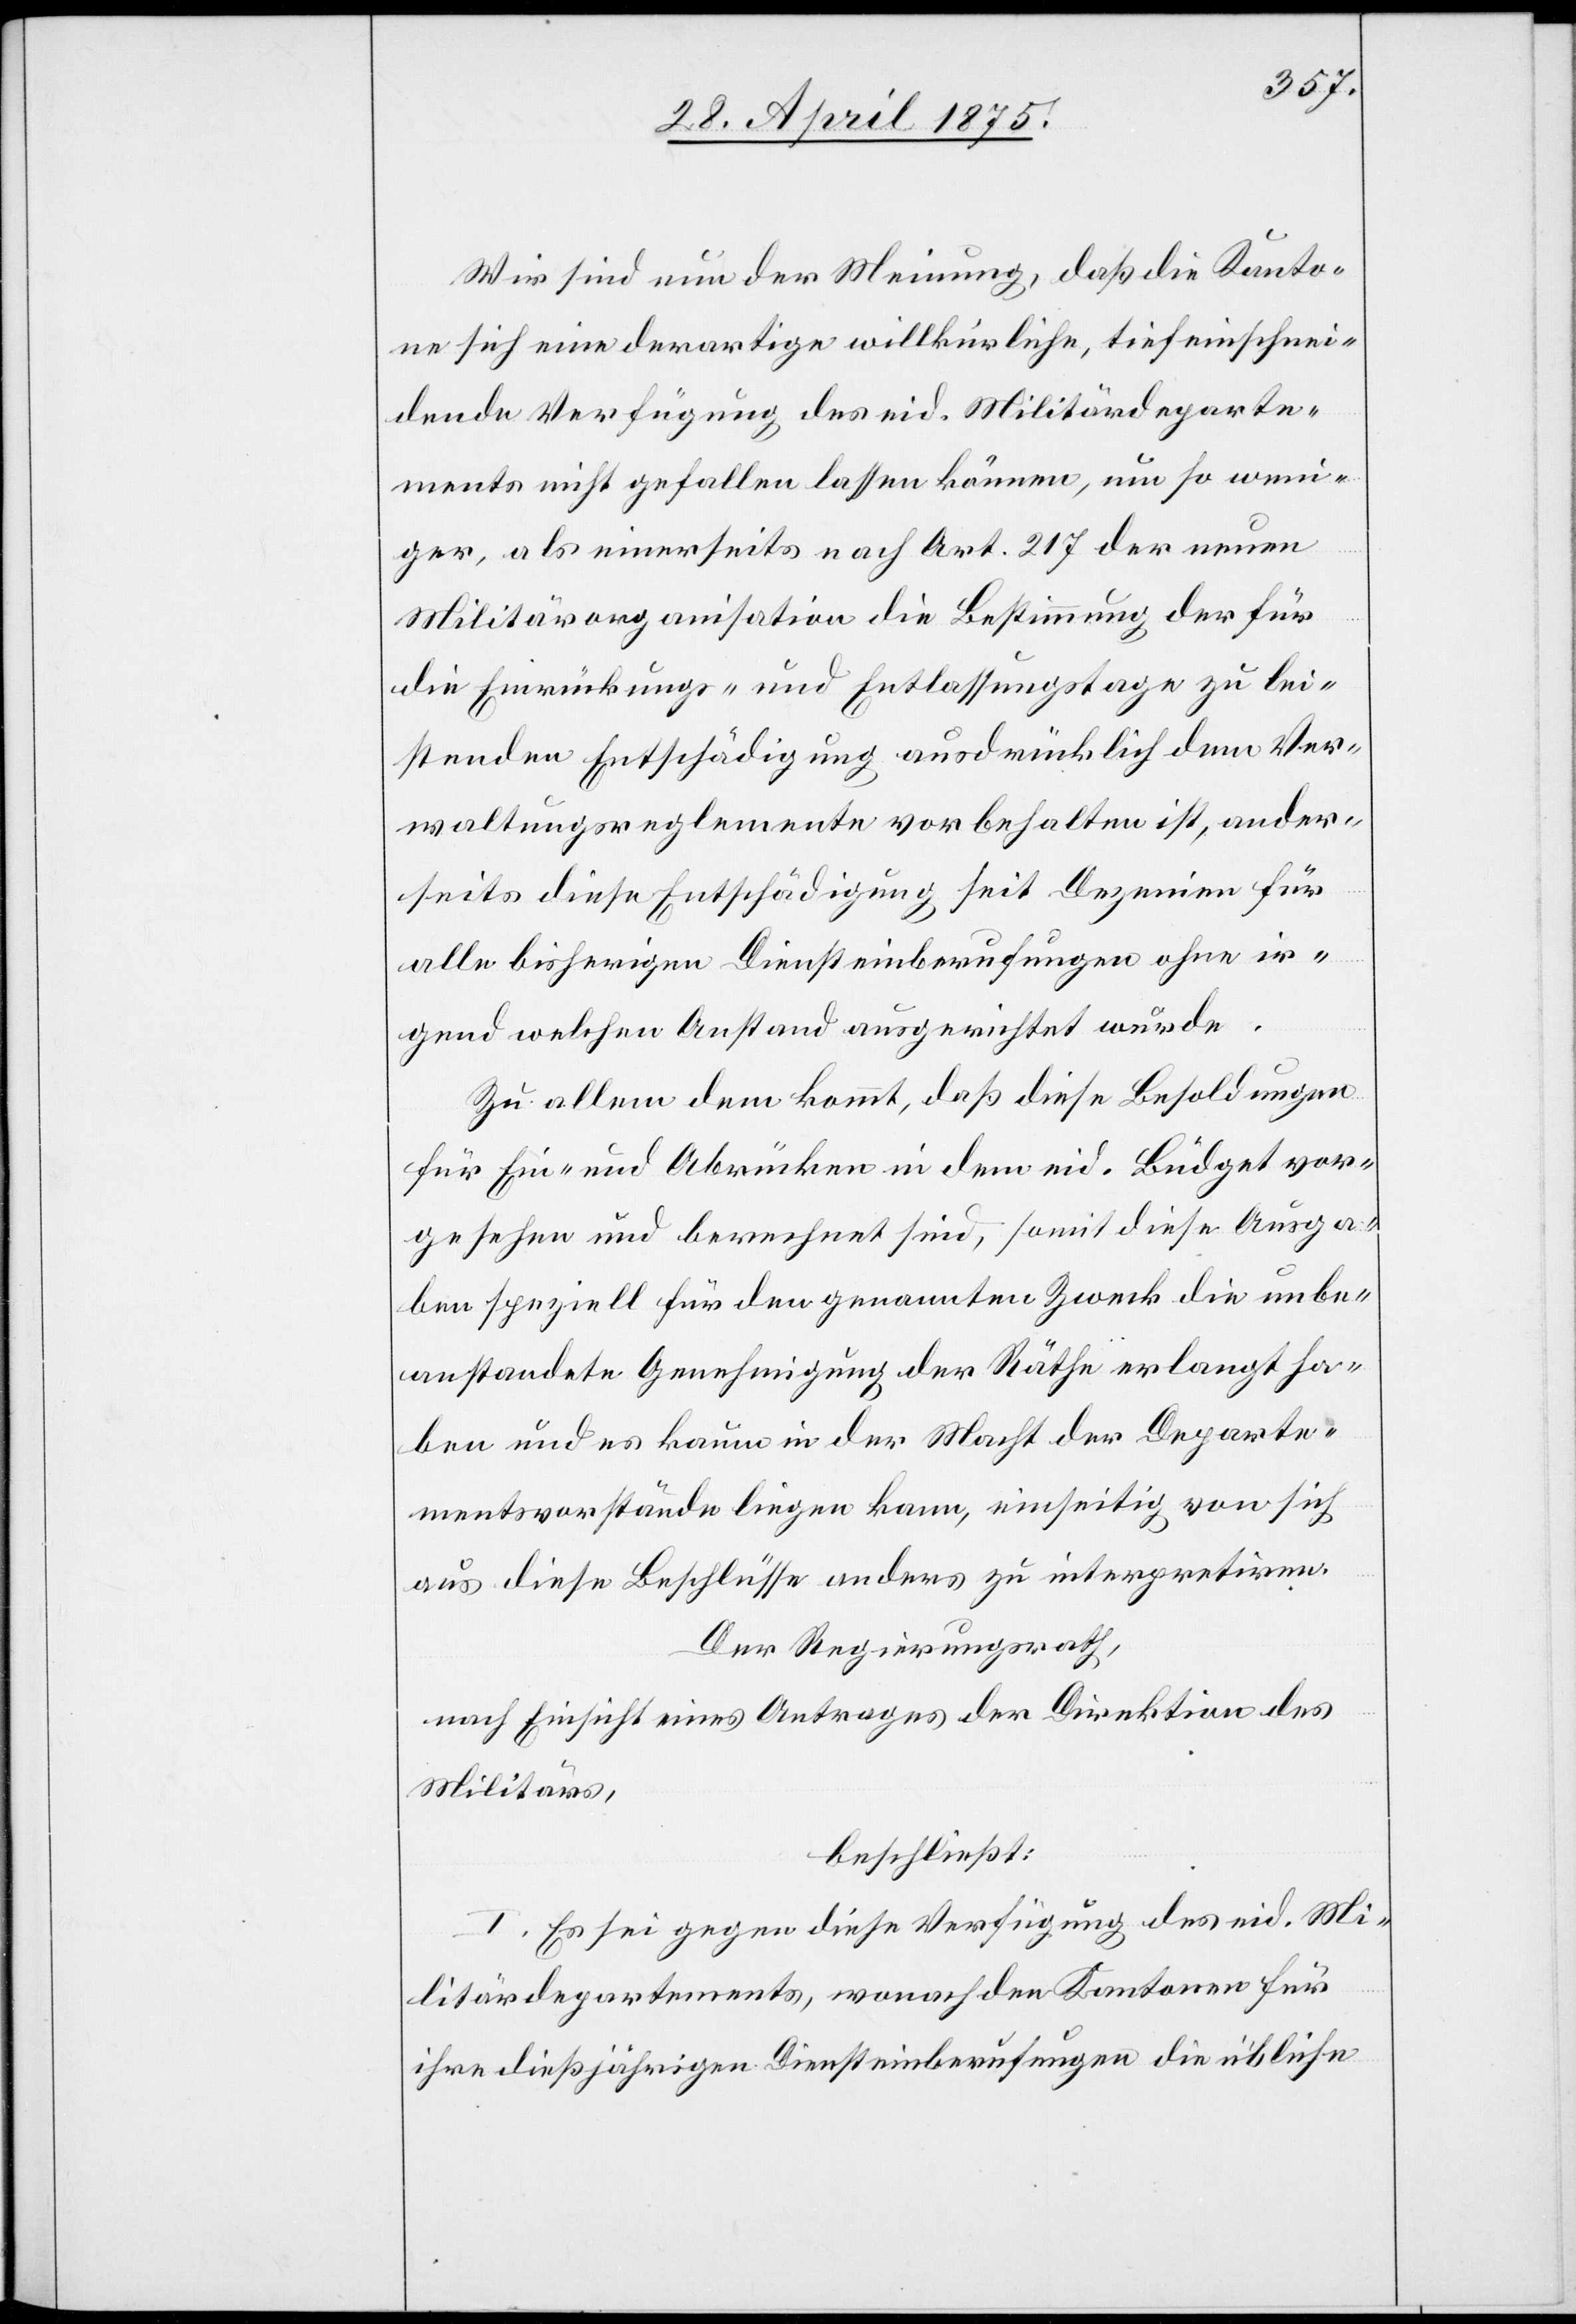
igen
Wir sind nun der Meinung, daß die Kanto¬
ne sich eine derartige willkürliche, tief einschnei¬
dende Verfügung des eid. Militärdeparte¬
ments nicht gefallen lassen können, um so weni¬
ger, als einerseits nach Art. 217 der neuen
Militärorganisation die Bestimmung der für
die Einrückungs- und Entlassungstage zu lei¬
stenden Entschädigung seit Dezenien für alle bisher¬
irgend welchen Anstand ausgerichtet wurde.
Zu allem dem kommt,, daß diese Besoldungen
für Ein- und Abrücken in dem eid. Büdget vor¬
gesehen und berechnet sind, somit diese Ausga¬
ben speziell für den genannten Zweck die unbe¬
anstandete Genehmigung der Räthe erlangt ha¬
ben und es kaum in der Macht der Departe¬
mentsvorstände liegen kann, einseitig von sich
aus diese Beschlüsse anders zu interpretiren.
Der Regierungsrath,
nach Einsicht eines Antrages der Direktion des
Militärs,
beschließt:
I. Es sei gegen diese Verfügung des eid. Mi¬
litärdepartements, wonach den Kantonen für
ihre dießjährigen Diensteinberufungen die übliche